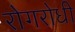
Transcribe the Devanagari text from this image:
रोगरोधी